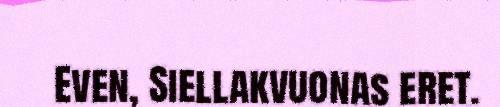
Even, Siellakvuonas eret.